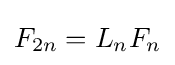
F_{2n}=L_{n}F_{n}